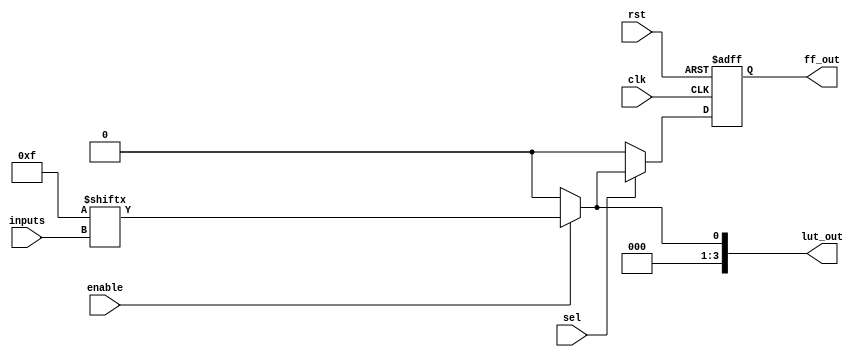
module CLB (
    input wire [3:0] inputs,        // 4-bit input for LUT
    input wire sel,                 // Select signal for MUX
    input wire clk,                 // Clock signal for FF
    input wire rst,                 // Reset signal for FF
    input wire enable,              // Enable signal for LUT
    output reg [3:0] lut_out,       // Output of the LUT
    output reg ff_out               // Output of the flip-flop
);

// Configuration memory for the LUT (4-input)
reg [15:0] lut_mem;

// Initialize the LUT with a simple example truth table (AND function)
initial begin
    lut_mem = 16'b0000000000000000;  // Initialize all to 0
    lut_mem[3:0] = 4'b1111;           // Outputs 1 when all inputs are 1
    lut_mem[4] = 1'b0;                 // All others 0
    lut_mem[5] = 1'b0; 
    lut_mem[6] = 1'b0; 
    lut_mem[7] = 1'b0; 
    lut_mem[8] = 1'b0; 
    lut_mem[9] = 1'b0; 
    lut_mem[10] = 1'b0; 
    lut_mem[11] = 1'b0; 
    lut_mem[12] = 1'b0; 
    lut_mem[13] = 1'b0; 
    lut_mem[14] = 1'b0; 
    lut_mem[15] = 1'b0; 
end

// LUT logic
always @(*) begin
    if (enable) begin
        lut_out = {lut_mem[inputs]};  // Output from LUT based on inputs
    end else begin
        lut_out = 4'b0000;             // Default output if not enabled
    end
end

// MUX logic (2-to-1)
wire [3:0] mux_out;
assign mux_out = sel ? lut_out : 4'b0000; // Select between LUT output and 0

// Flip-Flop logic
always @(posedge clk or posedge rst) begin
    if (rst) begin
        ff_out <= 1'b0;                // Reset FF output
    end else begin
        ff_out <= mux_out[0];          // Store MUX output in FF; take the first bit
    end
end

endmodule